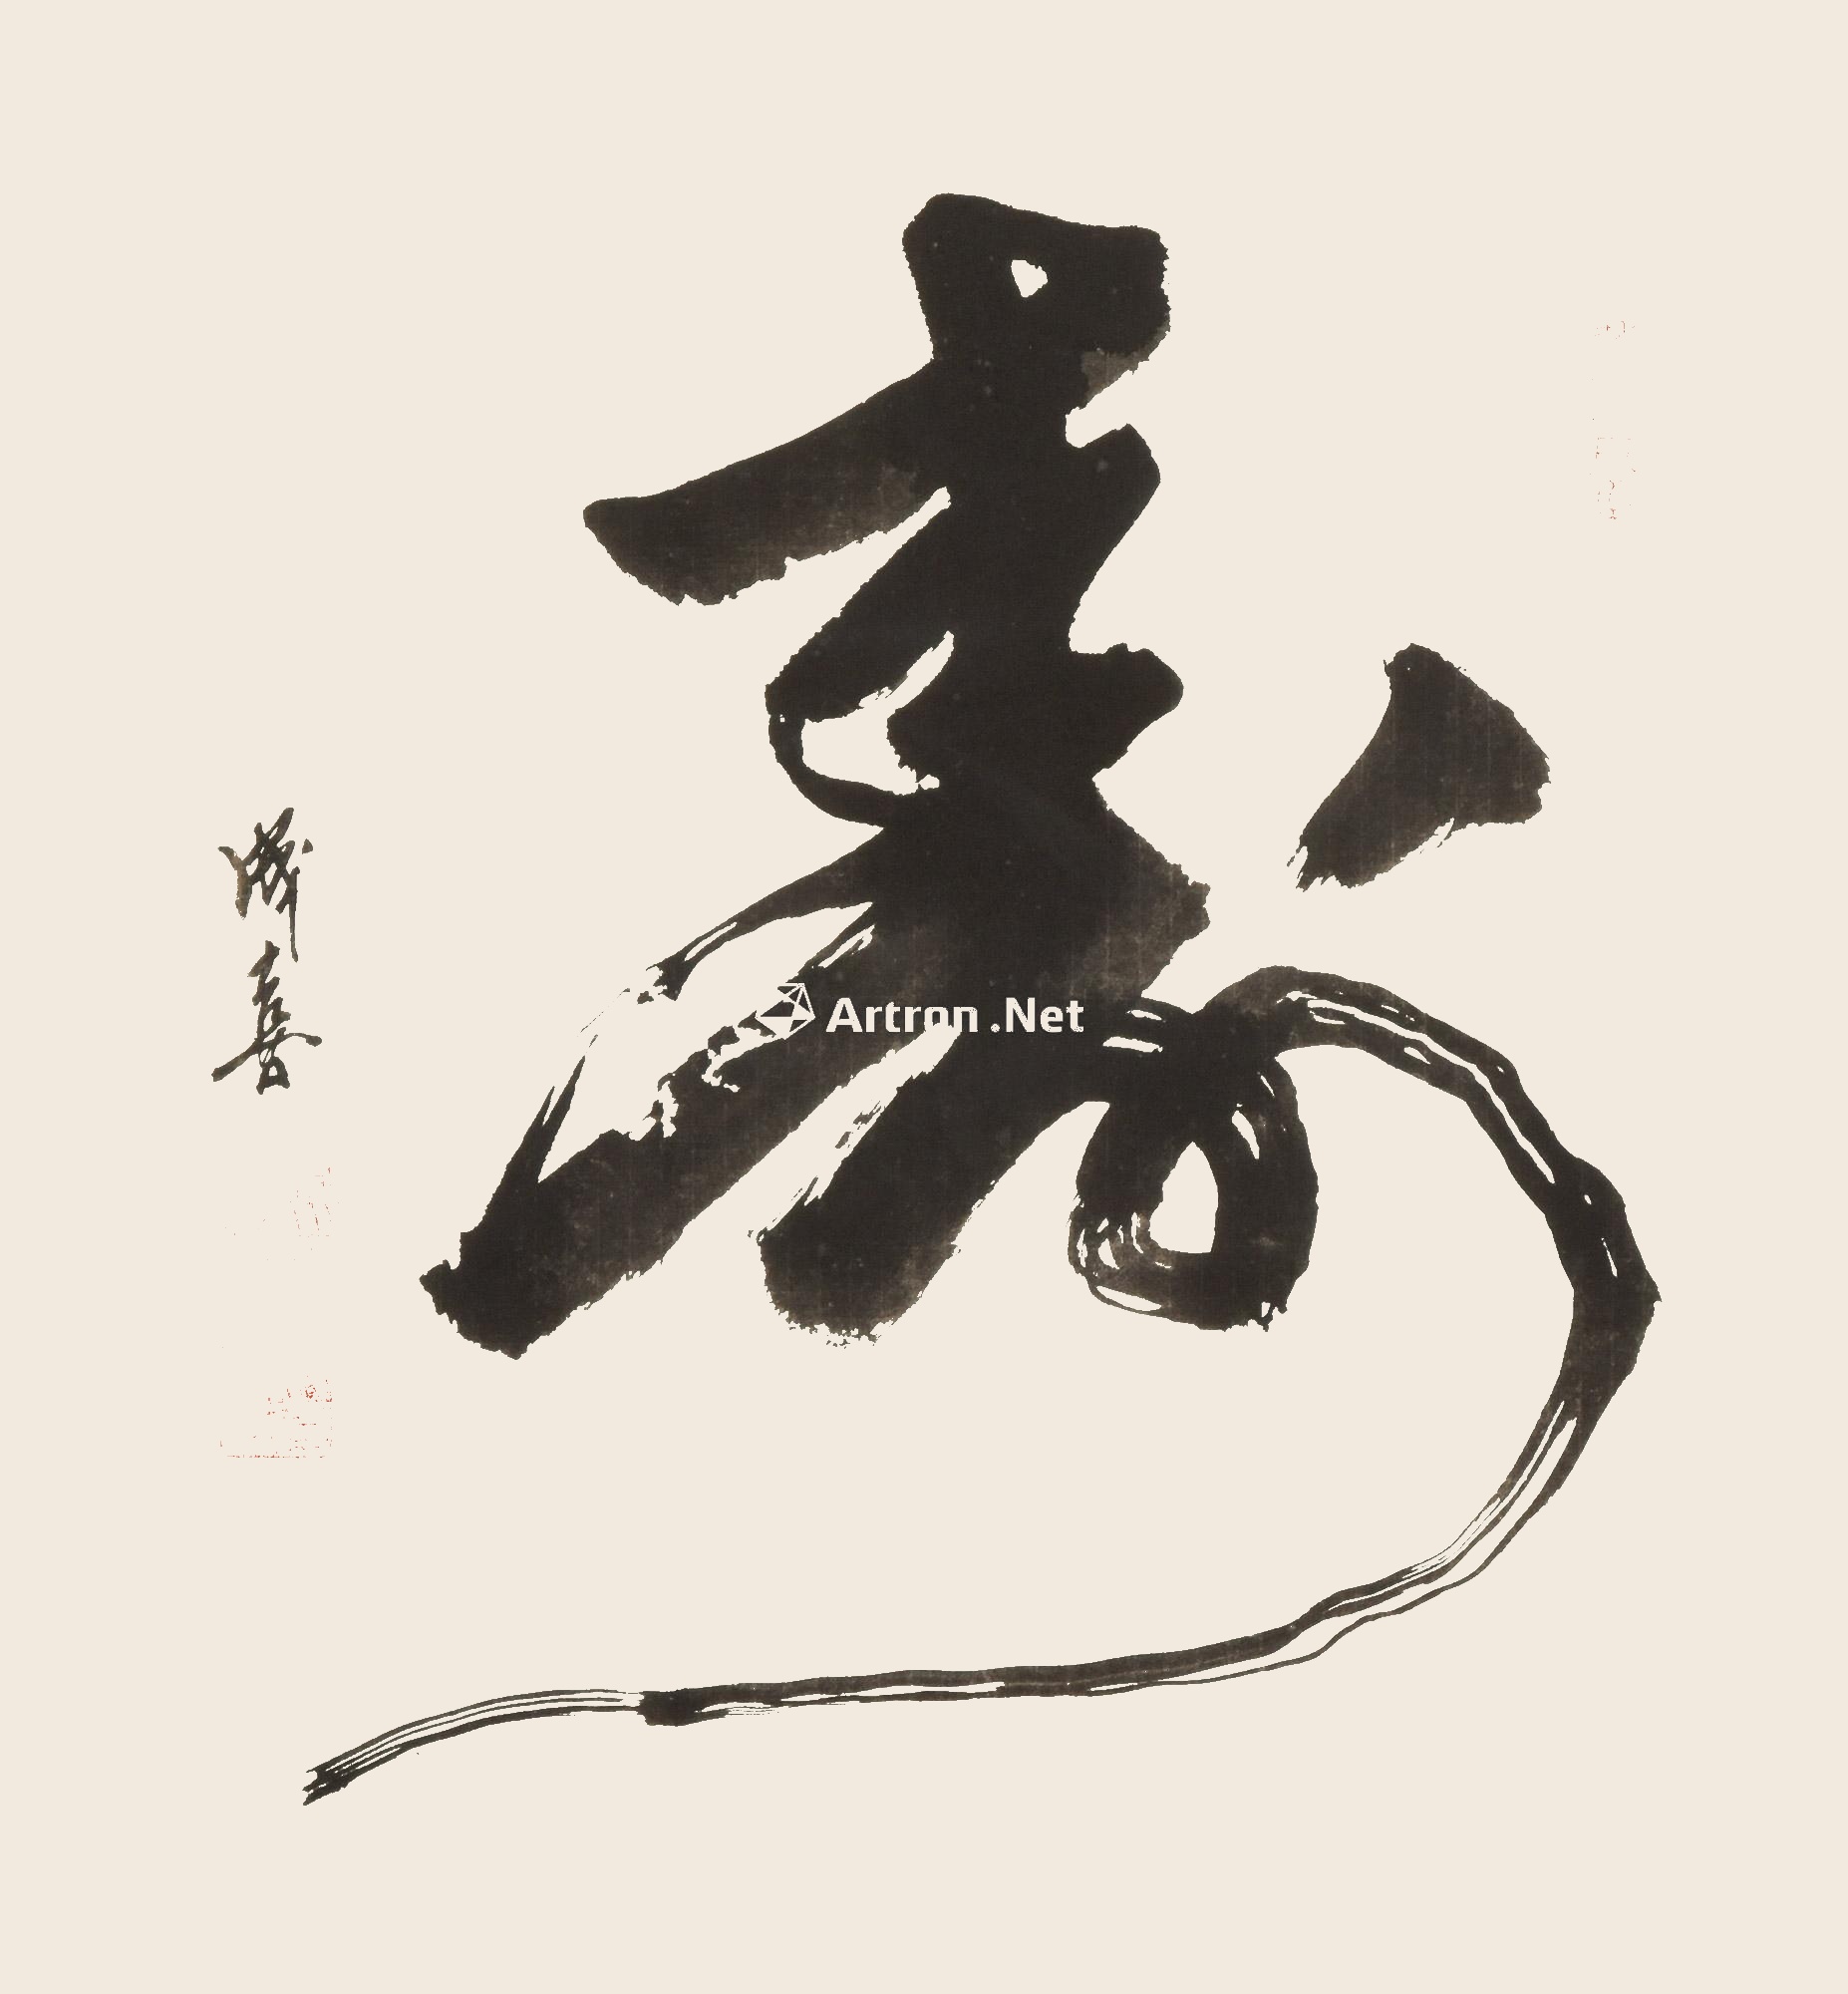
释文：寿成喜。